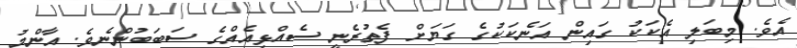
އެވެ. މިބަލި އެކަކު ގައިން އަނެކަކުގެ ގަޔަށް ފެތުރެނީ ސެއްޅިއެއްގެ ސަބަބުންނެވެ. އާންމު